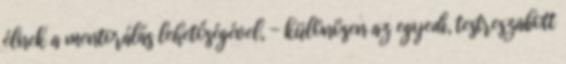
élnek a mentorálás lehetőségével, - különösen az egyedi, testreszabott